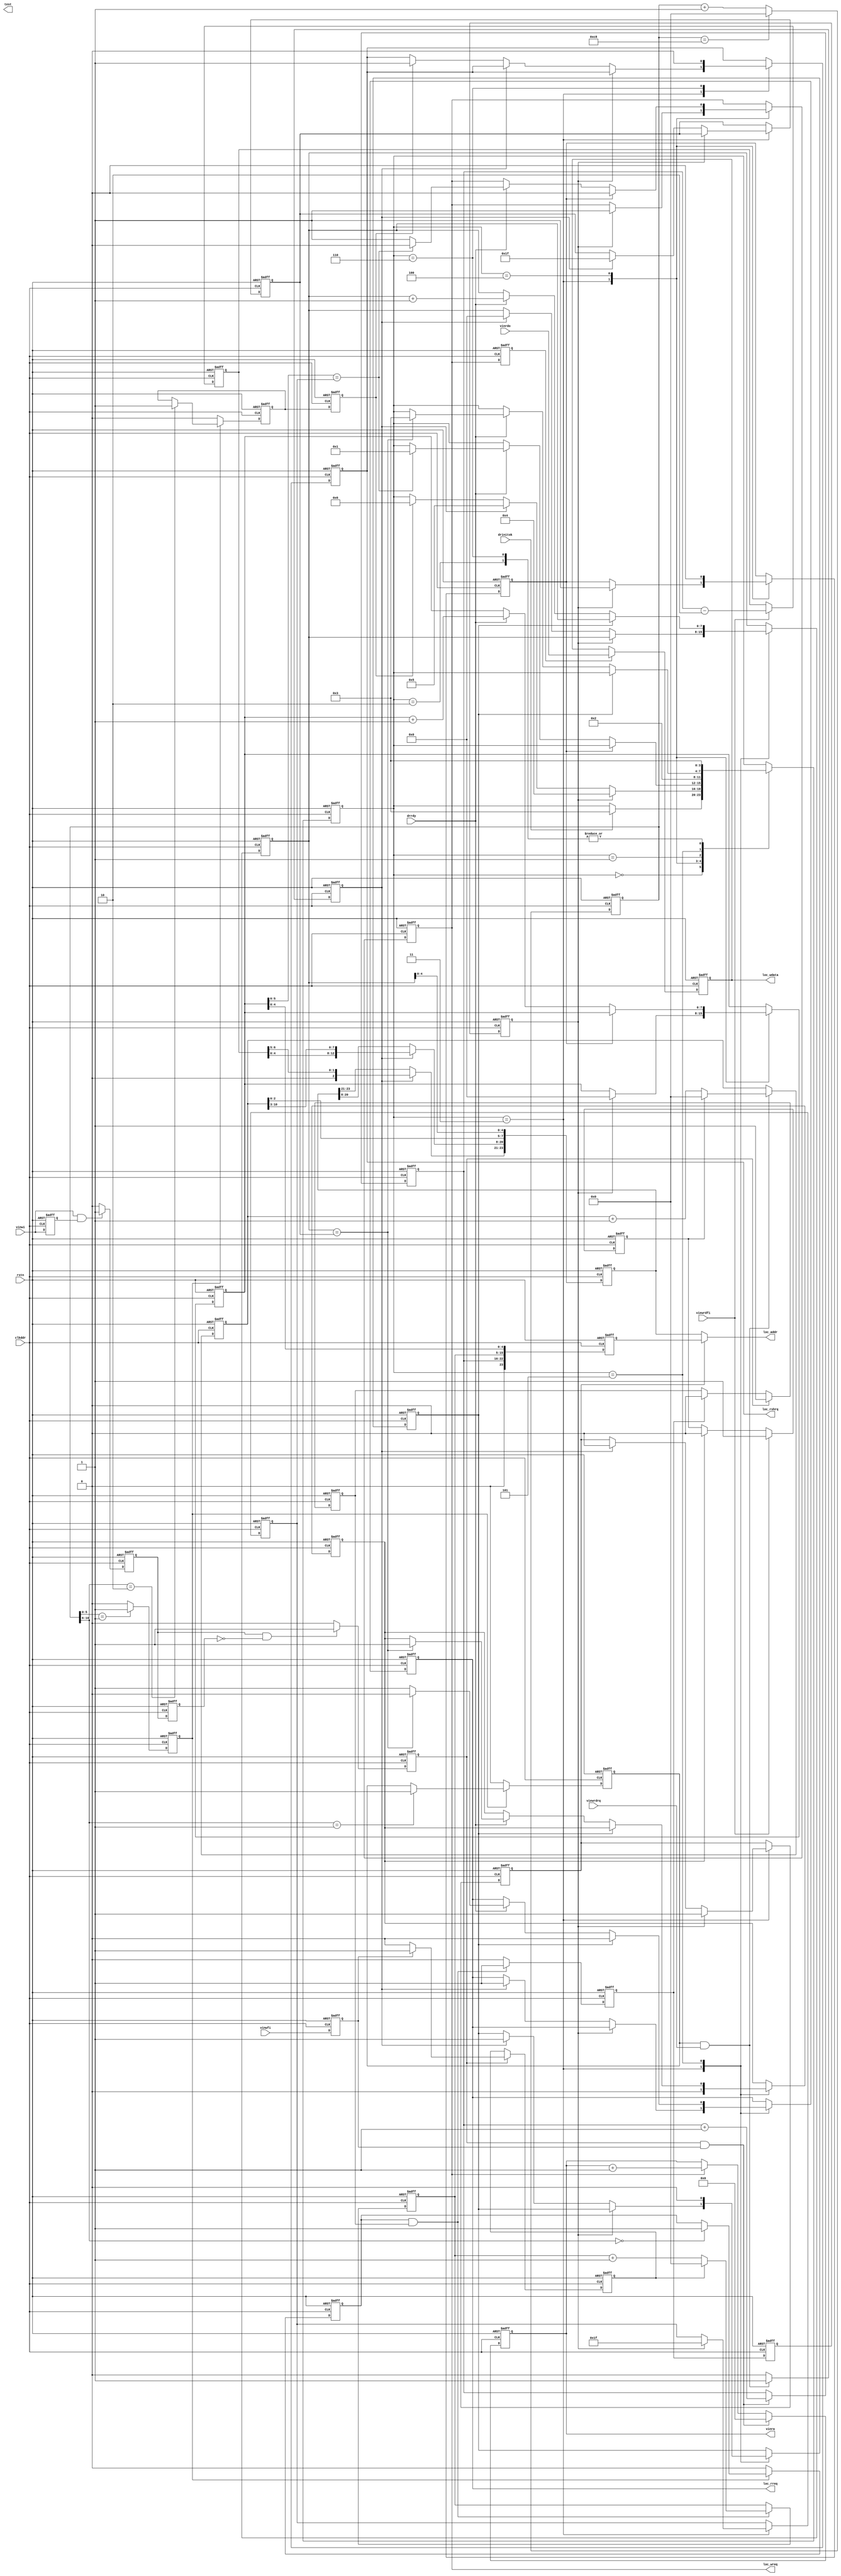
module ddr_rw(
                rstn,	
                clkddr,
                drinitok,
                drrdy,	
                vinwi,
                vinwfi,  
                viewrdfi,
                viewrdrq, 
                vinrdo,        
		
                					  		                           
                loc_wreq,
                loc_rreq,
                loc_rshrq,
                loc_addr,
                loc_wdata,
                vinra,   
                test		  
	        );     
			  
			  
			  
input rstn;
input clkddr;
input drinitok;
input drrdy;
input vinwi;
input vinwfi;
input viewrdfi;
input viewrdrq;
input [31:0]vinrdo;


output loc_wreq;
output loc_rreq;
output loc_rshrq;
output [23:0]loc_addr;
output [31:0]loc_wdata;
output [5:0]vinra;

output test;


reg loc_wreq;
reg loc_rreq;
reg loc_rshrq;

wire [23:0]loc_addr;
reg [31:0]loc_wdata;
reg [5:0]vinra;

reg test;

//-------------------------------------------

reg [3:0]CTRL;

parameter IDLE          = 4'd0;
parameter DRWRT1        = 4'd1;
parameter DRWRT2        = 4'd2;
parameter DRWAIT        = 4'd3;
parameter DRWRT         = 4'd4;
parameter DRREAD        = 4'd5;
parameter DRRFRSH       = 4'd6;


reg viewfrmfst;
reg [23:0]wrtaddr;
reg [23:0]rdaddr;

reg rfrshrq;
reg wrtrq;
reg readrq;

reg [10:0]wrtcnt32;
reg [10:0]rdcnt32;

reg wrtfst;
reg [7:0]wcnt;
reg [7:0]rcnt;
reg [5:0]drwnum;
reg [7:0]drrnum;
reg rdfst;
reg rdviewdone;
reg addrwflg;

reg vinwfrmi;
reg vinwrqi;
reg vinwrt3;

reg vinwrt1;
reg vinwrt2; 

reg wtdrwtran;
reg wtdrwfrmf;
reg loc_wreq1;

reg [6:0]wfrmcnt;
reg [6:0]rfrmcnt;


//------------------------------------------



always @(posedge clkddr or negedge rstn)
begin
    if (!rstn)
       begin 
            vinwfrmi <= 1'b0;
            vinwrqi <= 1'b0;
            vinwrt3 <= 1'b0;
            
            vinwrt1 <= 1'b0;
            vinwrt2 <= 1'b0;
            
            wfrmcnt <= 7'd0;
           
       end
    else
       begin
            vinwrt1 <= vinwi;
            if(vinwi==1'b1&&vinwrt1==1'b1)    //-- ʱӲ
               begin
                   vinwrt2 <= 1'b1;            
               end 
            else
               begin
                   vinwrt2 <= 1'b0;
               end               
                 
            vinwrt3 <= vinwrt2;
            
            
            if(vinwrt2==1'b1&&vinwrt3==1'b0)    //-- ʱӲ
               begin
                   vinwrqi <= 1'b1;            
               end 
            else
               begin
                   vinwrqi <= 1'b0;
               end        
                       
            vinwfrmi <=  vinwfi;   
            
            if(vinwrqi==1'b1&&vinwfrmi==1'b1)
               begin
                    wfrmcnt <= wfrmcnt + 1'b1;
               end                                                                                                                                                                                                          		            	                     
       end
end




always @(posedge clkddr or negedge rstn)
begin
    if (!rstn)
       begin
            wtdrwtran <= 1'b0;
            wtdrwfrmf <= 1'b0;
            loc_wreq1 <= 1'b0;
       end
    else
       begin           
            loc_wreq1 <= loc_wreq;   
            if(vinwrqi==1'b1)
               begin
                    wtdrwtran <= 1'b1;
                    if(vinwfrmi==1'b1)
                       begin
                           wtdrwfrmf <= 1'b1;
                       end
                    else
                       begin
                           wtdrwfrmf <= 1'b0;
                       end
               end                    
            else
               begin
                    if(wrtreq0==1'b1)
                       begin
                            wtdrwtran <= 1'b0;
                       end
               end                                         
       end
end
                

always @(posedge clkddr or negedge rstn)
begin
    if (!rstn)
       begin
            vinra <= 6'd0;
       end
    else
       begin              
            if(vinwrqi==1'b1&&vinwfrmi==1'b1)   
               begin
                    vinra <= 6'd0;
               end                    
            else
               begin
                    if(loc_wreq==1'b1)
                       begin
                            vinra <= vinra + 1'b1;   //-- һ֡ƵݵĿʼȡַ0⣬ఴ˳ѭ
                       end
               end                                         
       end
end



//-------------------------------------------------


assign loc_addr = (addrwflg==1'b1)? wrtaddr : rdaddr;



always @(posedge clkddr or negedge rstn)
begin
    if (!rstn)
       begin
            wrtaddr <= 24'd0;
       end
    else
       begin              
            wrtaddr[23:21] <= {1'b0,wfrmcnt[6:5]};  
          
            wrtaddr[20:8]  <= {wfrmcnt[4:0],wrtcnt32[10:3]};
                          
            wrtaddr[7:5] <= wrtcnt32[2:0];                                                        
            wrtaddr[4:0] <= wcnt[4:0];                                                                          
       end
end



always @(posedge clkddr or negedge rstn)
begin
    if (!rstn)
       begin
            loc_wdata <= 31'd0;
       end
    else
       begin   
            if(loc_wreq1==1'b1)
               begin          
                   loc_wdata <= vinrdo[31:0];
               end                                                                         
       end
end


//--------------------------------------------


always @(posedge clkddr or negedge rstn)
begin
    if (!rstn)
       begin
            rdaddr <= 24'd0;           
                
       end
    else
       begin                                                          
            if(readrq==1'b1)
                begin
                     rdaddr[23:21] <= {1'b0,rfrmcnt[6:5]};   
                     rdaddr[20:8] <= {rfrmcnt[4:0],rdcnt32[10:3]};   
                end     
   
            rdaddr[7:0] <= {rdcnt32[2:0],rcnt[4:0]};
            
                                       
       end
end

//---------------------------------------






//-------------------------------------

reg [10:0]timer;
reg timer50_1;

reg timewrt;
reg timerd;
reg timefrsh;


always @(posedge clkddr or negedge rstn)
begin
    if (!rstn)
       begin
            timer <= 11'd0;
       end
    else
       begin
            if(timer==11'd200)
               begin
                    timer <= 11'd0;
               end
            else
               begin 
                    timer <= timer + 1'b1;
               end       
       end
end



always @(posedge clkddr or negedge rstn)
begin
    if (!rstn)
       begin
            timer50_1 <= 1'b0;
            timewrt <= 1'b0;
            timerd <= 1'b0;
            timefrsh <= 1'b0;
       end
    else
       begin 
            if(timer[5:0]==6'd1)
               begin
                    timer50_1 <= 1'b1;
               end      
            else
               begin
                    timer50_1 <= 1'b0;
               end
               
            if(timer50_1==1'b1)
               begin
                    if(timer[10:6]==5'd0)
                       begin
                            timewrt <= 1'b1;
                       end
                       
                    if(timer[10:6]==5'd1)
                       begin
                            timerd <= 1'b1;
                       end       
                       
                    if(timer[10:6]==5'd2)
                       begin
                            timefrsh <= 1'b1;
                       end                                          
               end
            else
               begin
                    timewrt <= 1'b0;
                    timerd <= 1'b0;
                    timefrsh <= 1'b0;
               end
       end
end






//-------------------------------------

reg wrtreq0;
reg wrtreq1;

always @(posedge clkddr or negedge rstn)
begin
    if (!rstn)
       begin
            rfrshrq <= 1'b0;
            wrtrq <= 1'b0;
            readrq <= 1'b0;
            
            wrtreq0 <= 1'b0;
            wrtreq1 <= 1'b0;
            
            wrtcnt32 <= 11'd0;
            rdcnt32 <= 11'd0;
            viewfrmfst <= 1'b0;
            
            rfrmcnt <= 7'd0;
       end
    else
       begin 
            wrtreq1 <= wrtreq0;
            wrtrq <= wrtreq1;           
                        

            if(timewrt==1'b1&&wtdrwtran==1'b1)
               begin
                   wrtreq0 <= 1'b1;
                   if(wtdrwfrmf==1'b1)
                      begin
                           wrtcnt32 <= 11'd0;
                      end
                   else
                      begin
                           wrtcnt32 <= wrtcnt32 + 1'b1;
                      end
               end
            else
               begin
                   wrtreq0 <= 1'b0;
               end
                                               
            if(timerd==1'b1&&viewrdrq==1'b1)
               begin
                    readrq <= 1'b1;
                    if(viewfrmfst==1'b1)
                       begin 
                           rdcnt32 <= 11'd0;
                       end
                    else
                       begin
                           rdcnt32 <= rdcnt32 + 1'b1;
                       end
               end
            else
               begin
                    readrq <= 1'b0;
               end 
               
            if(viewrdfi==1'b1)
                begin
                     viewfrmfst <= 1'b1;
                     rfrmcnt <= wfrmcnt[6:0]-2'd2;
                end
            else
                begin
                     if(rdviewdone==1'b1)
                        begin
                            viewfrmfst <= 1'b0;
                        end
                end                                     
            

            rfrshrq <= timefrsh;                                       
       end
end





always @(posedge clkddr or negedge rstn)
begin
	if (!rstn)
		begin
  		     CTRL<= IDLE;
  		     loc_wreq<=0;
  		     loc_rreq<=0;
  		     loc_rshrq <= 1'b0;
  		     wrtfst <= 1'b0;
  		     wcnt <= 8'd0;
  		     drwnum <= 6'd0; 
  		     drrnum <= 8'd0;
  		     rdfst <= 1'b0;
  		     rdviewdone <= 1'b0;
  		     rcnt <= 8'd0;
  		     addrwflg <= 1'b0;			     
		end
	else
		begin		
			case (CTRL)
				IDLE: 
					begin
					     if(drinitok==1'b1)
					          begin
						       CTRL<= DRWAIT;
						  end
					end 
		       
				
				DRWAIT:
					begin	
					        rdviewdone <= 1'b0;				        					        
					        if(wrtrq==1'b1)
					             begin
					                  loc_wreq<=1'b1;
					                  addrwflg <= 1'b1;
					                  wrtfst <= 1'b1;
					                  wcnt <= 8'd0;					                  
					                  drwnum <= 6'd31;  
					                  CTRL <= DRWRT;					                  					                  
					             end
					        else
					             begin
					                  if(readrq==1'b1)
					                      begin
					                           begin
					                                loc_rreq<=1'b1;
					                                rdfst <= 1'b1;
					                                rcnt <= 8'd0;
					                                addrwflg <= 1'b0;
					                                   
					                                drrnum <= 8'd31;
					                                CTRL <= DRREAD;				                                       					                                
					                           end
					                      end
					                  else
					                      begin
					                           if(rfrshrq==1'b1)
					                               begin
					                                    loc_rshrq <= 1'b1;
					                                    CTRL <= DRRFRSH;
					                               end
					                      end
					             end
					end


					
				DRWRT:
				        begin	
				             wrtfst <= 1'b0;
				             
				             if(wrtfst==1'b1) 
				                begin
				                     loc_wreq <= 1'b0;
				                end
				             else
				                begin
				                     if(drrdy==1'b1)
				                         begin
				                              wcnt <= wcnt + 1'b1;
				                              if(wcnt[5:0]==drwnum)
				                                 begin
				                                      loc_wreq <= 1'b0;      				                                      
				                                      CTRL <= DRWRT1;       
				                                 end
				                              else
				                                 begin
				                                      loc_wreq <= 1'b1;
				                                 end
				                         end
				                end				             				             																																																
				        end
				        
				DRWRT1: 
				        begin				             				             
				             CTRL <= DRWRT2;     				             				             
				        end

				DRWRT2: 
				        begin		             				             
				             CTRL <= DRWAIT;
				        end
				        				        				        			        				        
				        
				DRREAD:
					begin
					     rdfst <= 1'b0;
					     
					     if(rdfst==1'b1)
					         begin
					             loc_rreq <= 1'b0;
					         end
					     else
					         begin
					             if(drrdy==1'b1)
					                 begin
					                      rcnt <= rcnt+1'b1;
							      if(rcnt==drrnum)          
							      	   begin
							      		loc_rreq<=1'b0;
							      		rdviewdone <= 1'b1;
							      		CTRL <= DRWAIT;
							      	   end
							      else
							      	begin
							      		loc_rreq<=1'b1;
							      	end					                      
					                 end
					         end
					     
					end									
					
			        DRRFRSH: 
			                begin
			                     loc_rshrq <= 1'b0;
			                     CTRL <= DRWAIT;
			                end					
			endcase
		end
end		
				

	
endmodule